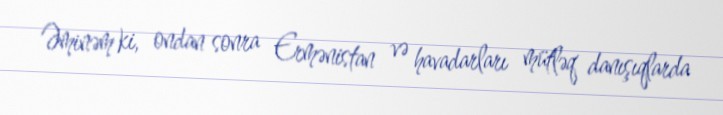
Əminəm ki, ondan sonra Ermənistan və havadarları mütləq danışıqlarda